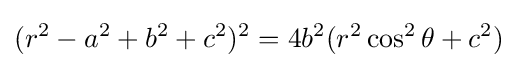
(r^{2}-a^{2}+b^{2}+c^{2})^{2}=4b^{2}(r^{2}\cos ^{2}\theta +c^{2})